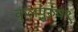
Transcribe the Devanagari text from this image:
कुलपुरुष९